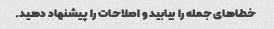
خطاهای جمله را بیابید و اصلاحات را پیشنهاد دهید.